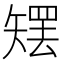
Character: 𰦜